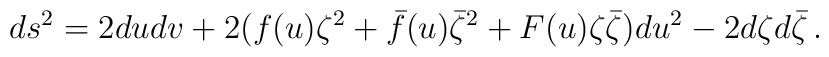
ds^2=2dudv+2(f(u)\zeta^2+\bar{f}(u)\bar{\zeta}^2+F(u)\zeta\bar{\zeta})du^2-2d\zeta d\bar{\zeta}\,.